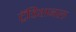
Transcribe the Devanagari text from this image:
ट्रॅडिशनल